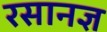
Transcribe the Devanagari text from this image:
रसानज्ञ